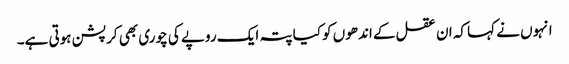
انہوں نے کہا کہ ان عقل کے اندھوں کو کیا پتہ ایک روپے کی چوری بھی کرپشن ہوتی ہے۔